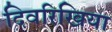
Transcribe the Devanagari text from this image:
दिवरिखिया